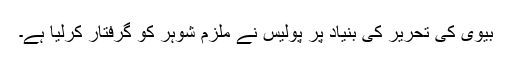
بیوی کی تحریر کی بنیاد پر پولیس نے ملزم شوہر کو گرفتار کرلیا ہے۔